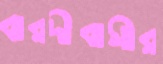
বারদীবাসীর